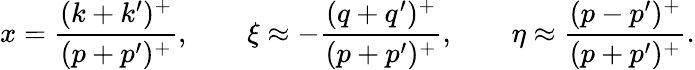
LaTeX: x=\frac{(k+k^{\prime})^{+}}{(p+p^{\prime})^{+}},\qquad\xi\approx-\frac{(q+q^{\prime})^{+}}{(p+p^{\prime})^{+}},\qquad\eta\approx\frac{(p-p^{\prime})^{+}}{(p+p^{\prime})^{+}}.